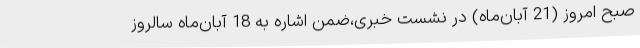
صبح امروز (21 آبان‌ماه) در نشست خبری،ضمن اشاره به 18 آبان‌ماه سالروز